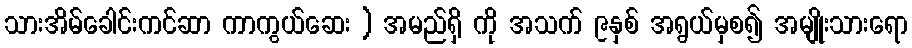
သားအိမ်ခေါင်းကင်ဆာ ကာကွယ်ဆေး ) အမည်ရှိ ကို အသက် ၉နှစ် အရွယ်မှစ၍ အမျိုးသားရော